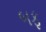
બફ